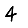
Digit: 4